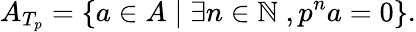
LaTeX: A_{T_{p}}=\{ a\in A\; |\; \exists n\in\mathbb{N}\; ,p^{n}a=0\} .